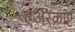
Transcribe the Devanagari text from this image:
एअरक्राप्ट